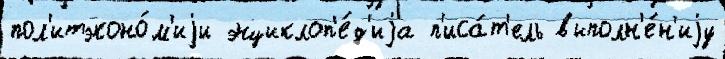
пол'итэконо́м'иjи энциклоп'е́д'иjа п'иса́т'ель выполн'е́н'иjу